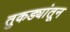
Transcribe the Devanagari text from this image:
तुकड्यांतून